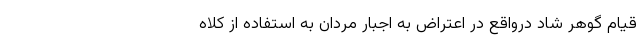
قیام گوهر شاد درواقع در اعتراض به اجبار مردان به استفاده از کلاه